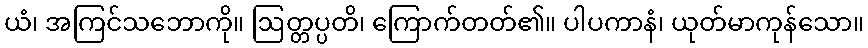
ယံ၊ အကြင်သဘောကို။ ဩတ္တပ္ပတိ၊ ကြောက်တတ်၏။ ပါပကာနံ၊ ယုတ်မာကုန်သော။